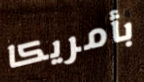
بأمريكا